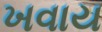
ખવાય